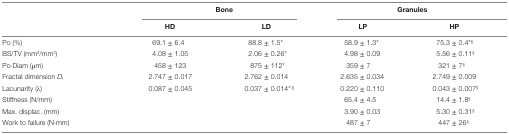
<table><thead><tr><td></td><td colspan="2"><b>Bone</b></td><td colspan="2"><b>Granules</b></td></tr><tr><td></td><td><b>HD</b></td><td><b>LD</b></td><td><b>LP</b></td><td><b>HP</b></td></tr></thead><tbody><tr><td>Po (%)</td><td>69.1 ± 6.4</td><td>88.8 ± 1.5*</td><td>58.9 ± 1.3*</td><td>75.3 ± 0.4*<sup>§</sup></td></tr><tr><td>BS/TV (mm<sup>2</sup>/mm<sup>3</sup>)</td><td>4.08 ± 1.05</td><td>2.06 ± 0.26*</td><td>4.98 ± 0.09</td><td>5.56 ± 0.11<sup>§</sup></td></tr><tr><td>Po⋅Diam (μm)</td><td>458 ± 123</td><td>875 ± 112*</td><td>359 ± 7</td><td>321 ± 7<sup>§</sup></td></tr><tr><td>Fractal dimension <i>D</i><sub>f</sub></td><td>2.747 ± 0.017</td><td>2.762 ± 0.014</td><td>2.635 ± 0.034</td><td>2.749 ± 0.009</td></tr><tr><td>Lacunarity (λ)</td><td>0.087 ± 0.045</td><td>0.037 ± 0.014*<sup>,§</sup></td><td>0.220 ± 0.110</td><td>0.043 ± 0.007<sup>§</sup></td></tr><tr><td>Stiffness (N/mm)</td><td></td><td></td><td>65.4 ± 4.5</td><td>14.4 ± 1.8<sup>§</sup></td></tr><tr><td>Max. displac. (mm)</td><td></td><td></td><td>3.90 ± 0.03</td><td>5.30 ± 0.31<sup>§</sup></td></tr><tr><td>Work to failure (N⋅mm)</td><td></td><td></td><td>487 ± 7</td><td>447 ± 26<sup>§</sup></td></tr></tbody></table>